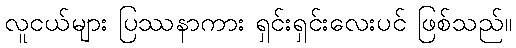
လူငယ်များ ပြဿနာကား ရှင်းရှင်းလေးပင် ဖြစ်သည်။